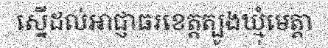
ស្នើដល់អាជ្ញាធរខេត្តត្បូងឃ្មុំមេត្តា